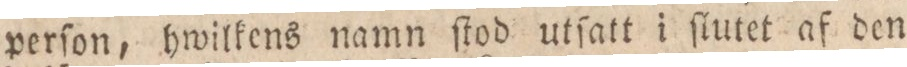
perſon, hwilkens namn ſtod utſatt i ſlutet af den